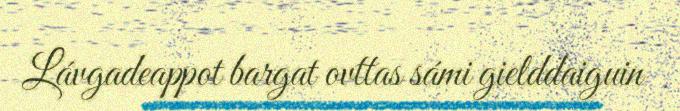
Lávgadeappot bargat ovttas sámi gielddaiguin